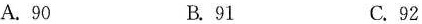
A.90 B.91 C.92